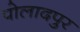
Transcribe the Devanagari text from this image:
पोलादपुर